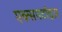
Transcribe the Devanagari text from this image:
एक्सपर्टाइज़